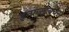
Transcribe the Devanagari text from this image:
इन्फ्रस्ट्रक्चर